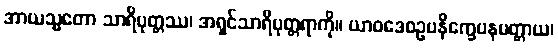
အာယသ္မတော သာရိပုတ္တဿ၊ အရှင်သာရိပုတ္တရာကို။ ယာဝဒေဝဥပနိက္ခေပနမတ္တာယ၊